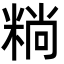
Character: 䊑